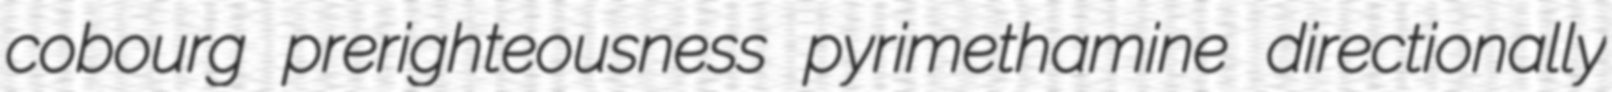
cobourg prerighteousness pyrimethamine directionally